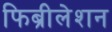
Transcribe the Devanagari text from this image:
फिब्रीलेशन